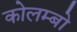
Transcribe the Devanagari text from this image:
कोलम्‍बो